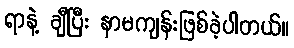
ရာနဲ့ ချီပြီး နာမကျန်းဖြစ်ခဲ့ပါတယ်။